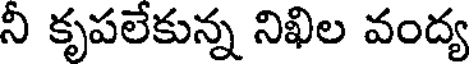
నీ కృపలేకున్న నిఖిల వంద్య